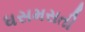
ધસમસતી